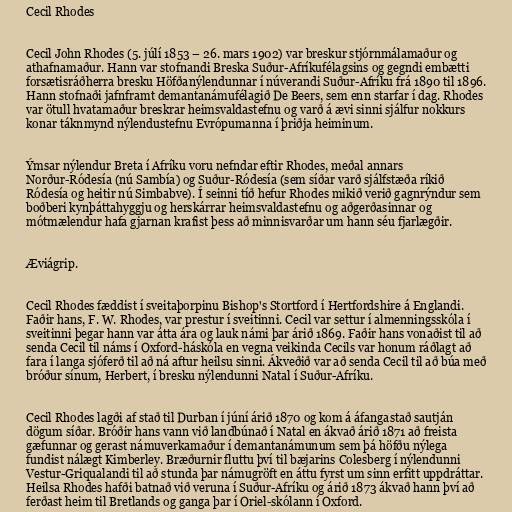
Cecil Rhodes

Cecil John Rhodes (5. júlí 1853 – 26. mars 1902) var breskur stjórnmálamaður og
athafnamaður. Hann var stofnandi Breska Suður-Afríkufélagsins og gegndi embætti
forsætisráðherra bresku Höfðanýlendunnar í núverandi Suður-Afríku frá 1890 til 1896.
Hann stofnaði jafnframt demantanámufélagið De Beers, sem enn starfar í dag. Rhodes
var ötull hvatamaður breskrar heimsvaldastefnu og varð á ævi sinni sjálfur nokkurs
konar táknmynd nýlendustefnu Evrópumanna í þriðja heiminum.

Ýmsar nýlendur Breta í Afríku voru nefndar eftir Rhodes, meðal annars
Norður-Ródesía (nú Sambía) og Suður-Ródesía (sem síðar varð sjálfstæða ríkið
Ródesía og heitir nú Simbabve). Í seinni tíð hefur Rhodes mikið verið gagnrýndur sem
boðberi kynþáttahyggju og herskárrar heimsvaldastefnu og aðgerðasinnar og
mótmælendur hafa gjarnan krafist þess að minnisvarðar um hann séu fjarlægðir.

Æviágrip.

Cecil Rhodes fæddist í sveitaþorpinu Bishop's Stortford í Hertfordshire á Englandi.
Faðir hans, F. W. Rhodes, var prestur í sveitinni. Cecil var settur í almenningsskóla í
sveitinni þegar hann var átta ára og lauk námi þar árið 1869. Faðir hans vonaðist til að
senda Cecil til náms í Oxford-háskóla en vegna veikinda Cecils var honum ráðlagt að
fara í langa sjóferð til að ná aftur heilsu sinni. Ákveðið var að senda Cecil til að búa með
bróður sínum, Herbert, í bresku nýlendunni Natal í Suður-Afríku.

Cecil Rhodes lagði af stað til Durban í júní árið 1870 og kom á áfangastað sautján
dögum síðar. Bróðir hans vann við landbúnað í Natal en ákvað árið 1871 að freista
gæfunnar og gerast námuverkamaður í demantanámunum sem þá höfðu nýlega
fundist nálægt Kimberley. Bræðurnir fluttu því til bæjarins Colesberg í nýlendunni
Vestur-Griqualandi til að stunda þar námugröft en áttu fyrst um sinn erfitt uppdráttar.
Heilsa Rhodes hafði batnað við veruna í Suður-Afríku og árið 1873 ákvað hann því að
ferðast heim til Bretlands og ganga þar í Oriel-skólann í Oxford.